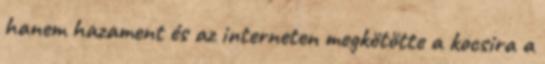
hanem hazament és az interneten megkötötte a kocsira a